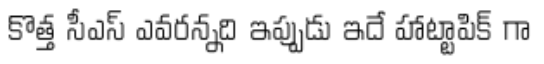
కొత్త సీఎస్ ఎవరన్నది ఇప్పుడు ఇదే హాట్టాపిక్ గా